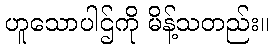
ဟူသောပါဌ်ကို မိန့်သတည်း။